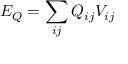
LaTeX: E _ { Q } = \sum _ { i j } Q _ { i j } V _ { i j }